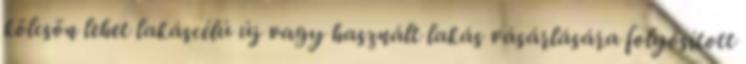
kölcsön lehet lakáscélú új vagy használt lakás vásárlására folyósított